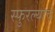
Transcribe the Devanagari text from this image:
स्फुरल्याचे